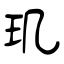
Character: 玑